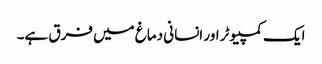
ایک کمپیوٹر اور انسانی دماغ میں فرق ہے۔